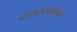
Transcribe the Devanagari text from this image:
व्ययवसायिक